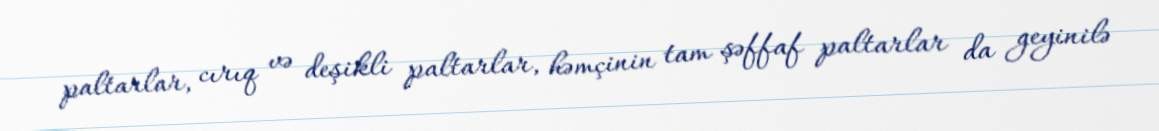
paltarlar, cırıq və deşikli paltarlar, həmçinin tam şəffaf paltarlar da geyinilə